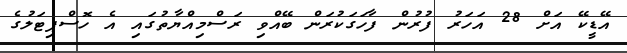
އޭޑީކޭ އަށް 28 އަހަރު ފުރުން ފާހަގަކުރަން ބޭއްވި ރަސްމިއްޔާތުގައި އެ ހޮސްޕިޓަލުގެ